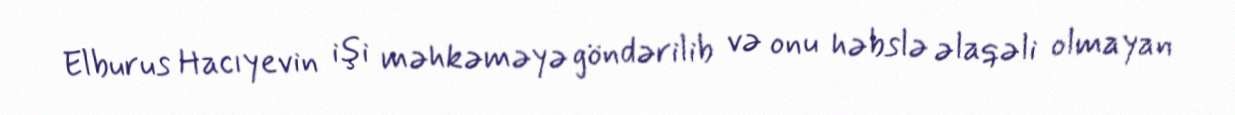
Elburus Hacıyevin işi məhkəməyə göndərilib və onu həbslə əlaqəli olmayan